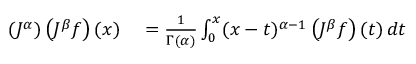
\begin{array} { r l } { \left( J ^ { \alpha } \right) \left( J ^ { \beta } f \right) ( x ) } & { { } = { \frac { 1 } { \Gamma ( \alpha ) } } \int _ { 0 } ^ { x } ( x - t ) ^ { \alpha - 1 } \left( J ^ { \beta } f \right) ( t ) \, d t } \end{array}